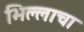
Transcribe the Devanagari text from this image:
भिल्लाचा